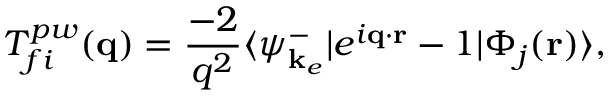
T _ { f i } ^ { p w } ( \mathbf { q } ) = \frac { - 2 } { q ^ { 2 } } \langle \psi _ { \mathbf { k } _ { e } } ^ { - } | e ^ { i \mathbf { q } \cdot \mathbf { r } } - 1 | \Phi _ { j } ( \mathbf { r } ) \rangle ,